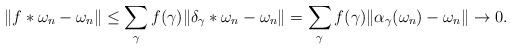
LaTeX: \begin{align*}\Vert f*\omega_n-\omega_n\Vert\leq\sum_\gamma f(\gamma)\Vert \delta_\gamma*\omega_n-\omega_n\Vert=\sum_\gamma f(\gamma)\Vert \alpha_\gamma(\omega_n)-\omega_n\Vert\rightarrow 0.\end{align*}